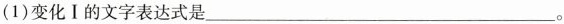
(1)变化Ⅰ的文字表达式是___。